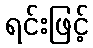
ရင်းဖြင့်